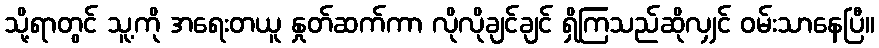
သို့ရာတွင် သူ့ကို အရေးတယူ နှုတ်ဆက်ကာ လိုလိုချင်ချင် ရှိကြသည်ဆိုလျှင် ဝမ်းသာနေပြီ။